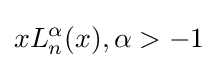
xL_{n}^{\alpha }(x),\alpha >-1